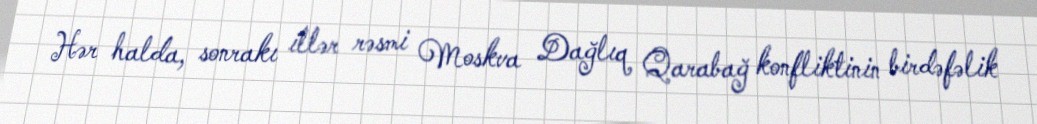
Hər halda, sonrakı illər rəsmi Moskva Dağlıq Qarabağ konfliktinin birdəfəlik